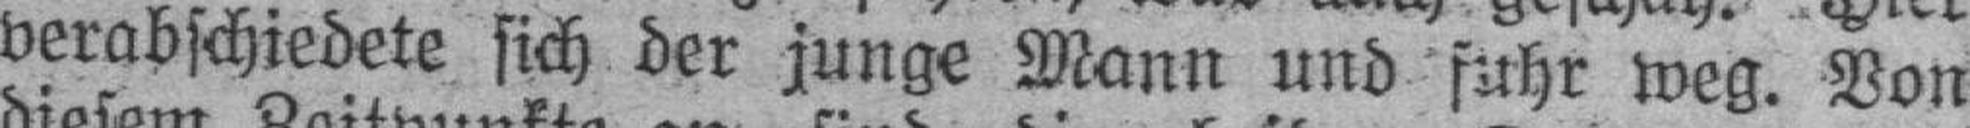
verabschiedete sich der junge Mann und fuhr weg. Von